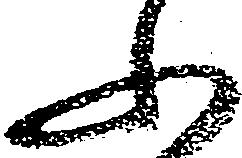
ふ